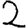
Digit: 2